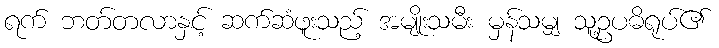
ရက် ဘတ်တလာနှင့် ဆက်ဆံဖူးသည့် အမျိုးသမီး မှန်သမျှ သူ့ဥပဓိရုပ်၏